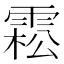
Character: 𩃭